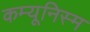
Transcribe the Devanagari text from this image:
कम्यूनिस्म